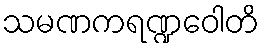
သမဏကရဏ္ဍဝေါတိ